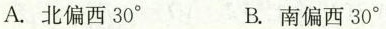
A.北偏西30^{\circ} B.南偏西30^{\circ}